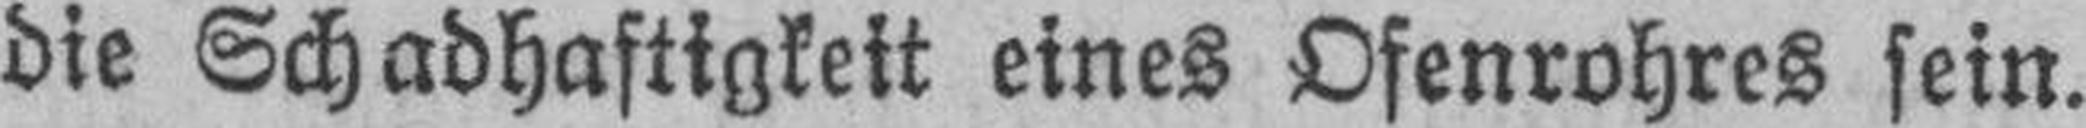
die Schadhaftigkeit eines Ofenrohres sein.